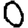
Digit: 0